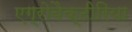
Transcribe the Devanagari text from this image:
एग्रोबैक्टीरिया